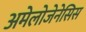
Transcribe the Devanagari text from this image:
अमेलोजेनेसिस